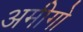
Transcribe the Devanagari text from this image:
अमीगो